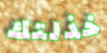
خذلتك